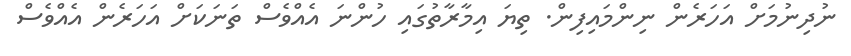
ނުދިނުމަށް އަހަރެން ނިންމައިފިން. ތިޔަ އިމާރާތުގައި ހުންނަ އެއްވެސް ތަނަކަށް އަހަރެން އެއްވެސް